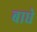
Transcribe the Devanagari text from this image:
बाधे